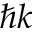
\hbar k